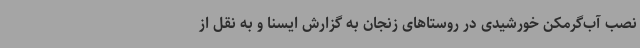
نصب آب‌گرمکن خورشیدی در روستاهای زنجان به گزارش ایسنا و به نقل از